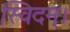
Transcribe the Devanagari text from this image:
स्विदम्।